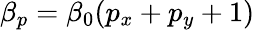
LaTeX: \beta_{p}=\beta_{0}(p_{x}+p_{y}+1)